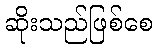
ဆိုးသည်ဖြစ်စေ